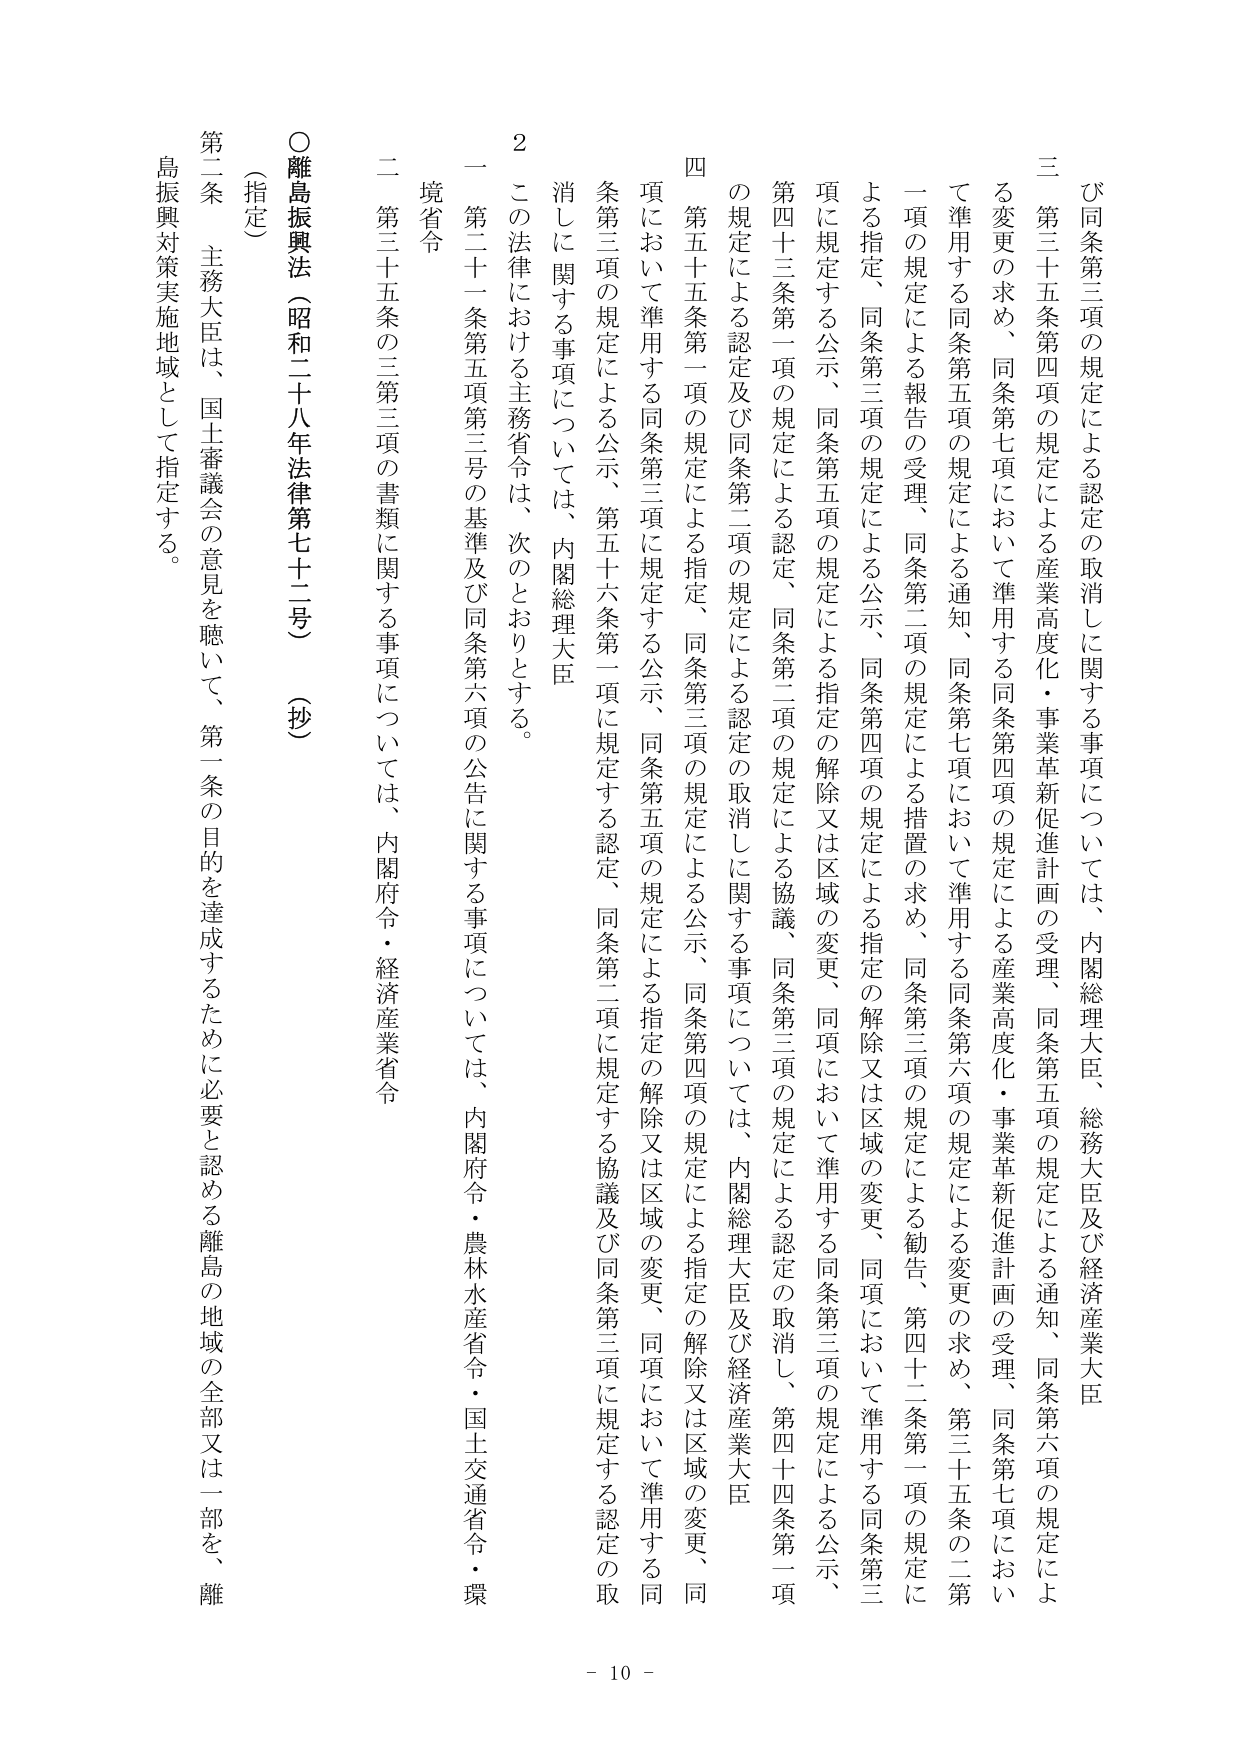
○離島振興法（昭和二十八年法律第七十二号）（抄）

（指定）

第二条 主務大臣は、国土審議会の意見を聴いて、第一条の目的を達成するために必要と認める離島の地域の全部又は一部を、離島振興対策実施地域として指定する。

三 第三十五条第四項の規定による産業高度化・事業革新促進計画の受理、同条第五項の規定による通知、同条第六項の規定による変更の求め、同条第七項において準用する同条第四項の規定による産業高度化・事業革新促進計画の受理、同条第七項において準用する同条第五項の規定による通知、同条第六項の規定による変更の求め、第三十五条の二第二項の規定による報告の受理、同条第二項の規定による措置の求め、同条第三項の規定による勧告、第四十二条第一項の規定による指定、同条第三項の規定による公示、同条第五項の規定による指定の解除又は区域の変更、同項において準用する同条第三項の規定による公示、同条第三項の規定による認定、同条第二項の規定による認定の取消しによる協議、同条第三項の規定による認定の取消し、第四十四条第一項の規定による認定及び同条第二項の規定による認定の取消しに関する事項については、内閣総理大臣及び経済産業大臣

四 第五十五条第一項の規定による指定、同条第三項の規定による公示、同条第四項の規定による指定の解除又は区域の変更、同項において準用する同条第三項の規定による公示、同条第三項の規定による認定、同条第二項の規定による認定の取消し、第五十六条第一項に規定する認定、同条第二項に規定する協議及び同条第三項に規定する認定の取消しに関する事項については、内閣総理大臣

２ この法律における主務省令は、次のとおりとする。

一 第二十一条第五項第三号の基準及び同条第六項の公告に関する事項については、内閣府令・農林水産省令・国土交通省令・環境省令

二 第三十五条の三第三項の書類に関する事項については、内閣府令・経済産業省令

- 10 -